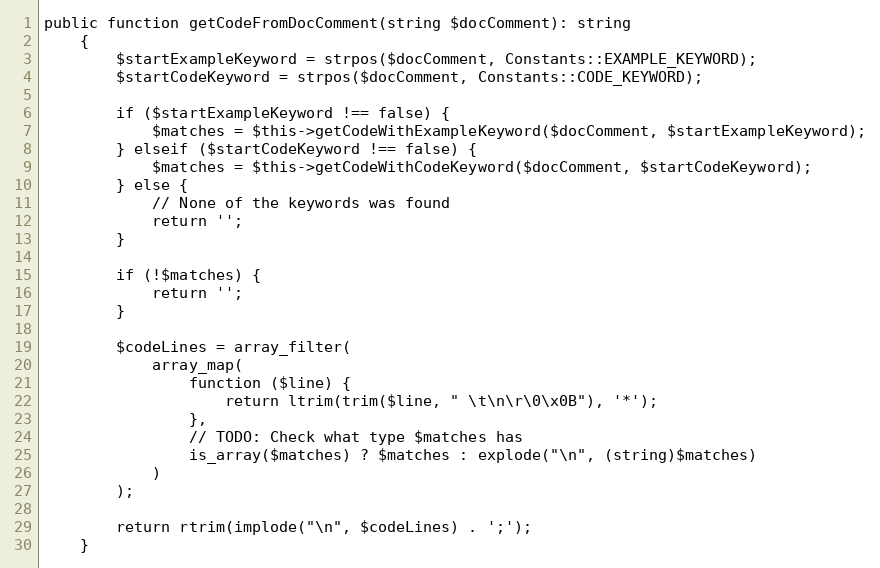
Language: PHP
public function getCodeFromDocComment(string $docComment): string
    {
        $startExampleKeyword = strpos($docComment, Constants::EXAMPLE_KEYWORD);
        $startCodeKeyword = strpos($docComment, Constants::CODE_KEYWORD);

        if ($startExampleKeyword !== false) {
            $matches = $this->getCodeWithExampleKeyword($docComment, $startExampleKeyword);
        } elseif ($startCodeKeyword !== false) {
            $matches = $this->getCodeWithCodeKeyword($docComment, $startCodeKeyword);
        } else {
            // None of the keywords was found
            return '';
        }

        if (!$matches) {
            return '';
        }

        $codeLines = array_filter(
            array_map(
                function ($line) {
                    return ltrim(trim($line, " \t\n\r\0\x0B"), '*');
                },
                // TODO: Check what type $matches has
                is_array($matches) ? $matches : explode("\n", (string)$matches)
            )
        );

        return rtrim(implode("\n", $codeLines) . ';');
    }